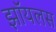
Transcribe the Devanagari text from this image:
झॉयलस